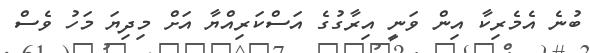
ބުނެ އެމެރިކާ އިން ވަނީ އިރާގުގެ އަސްކަރިއްޔާ އަށް މިދިޔަ މަހު ވެސް